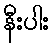
နီးပါး